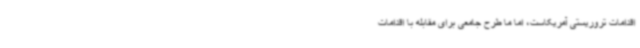
اقدامات تروریستی آمریکاست، اما ما طرح جامعی برای مقابله با اقدامات